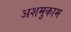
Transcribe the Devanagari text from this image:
अशमुकाम